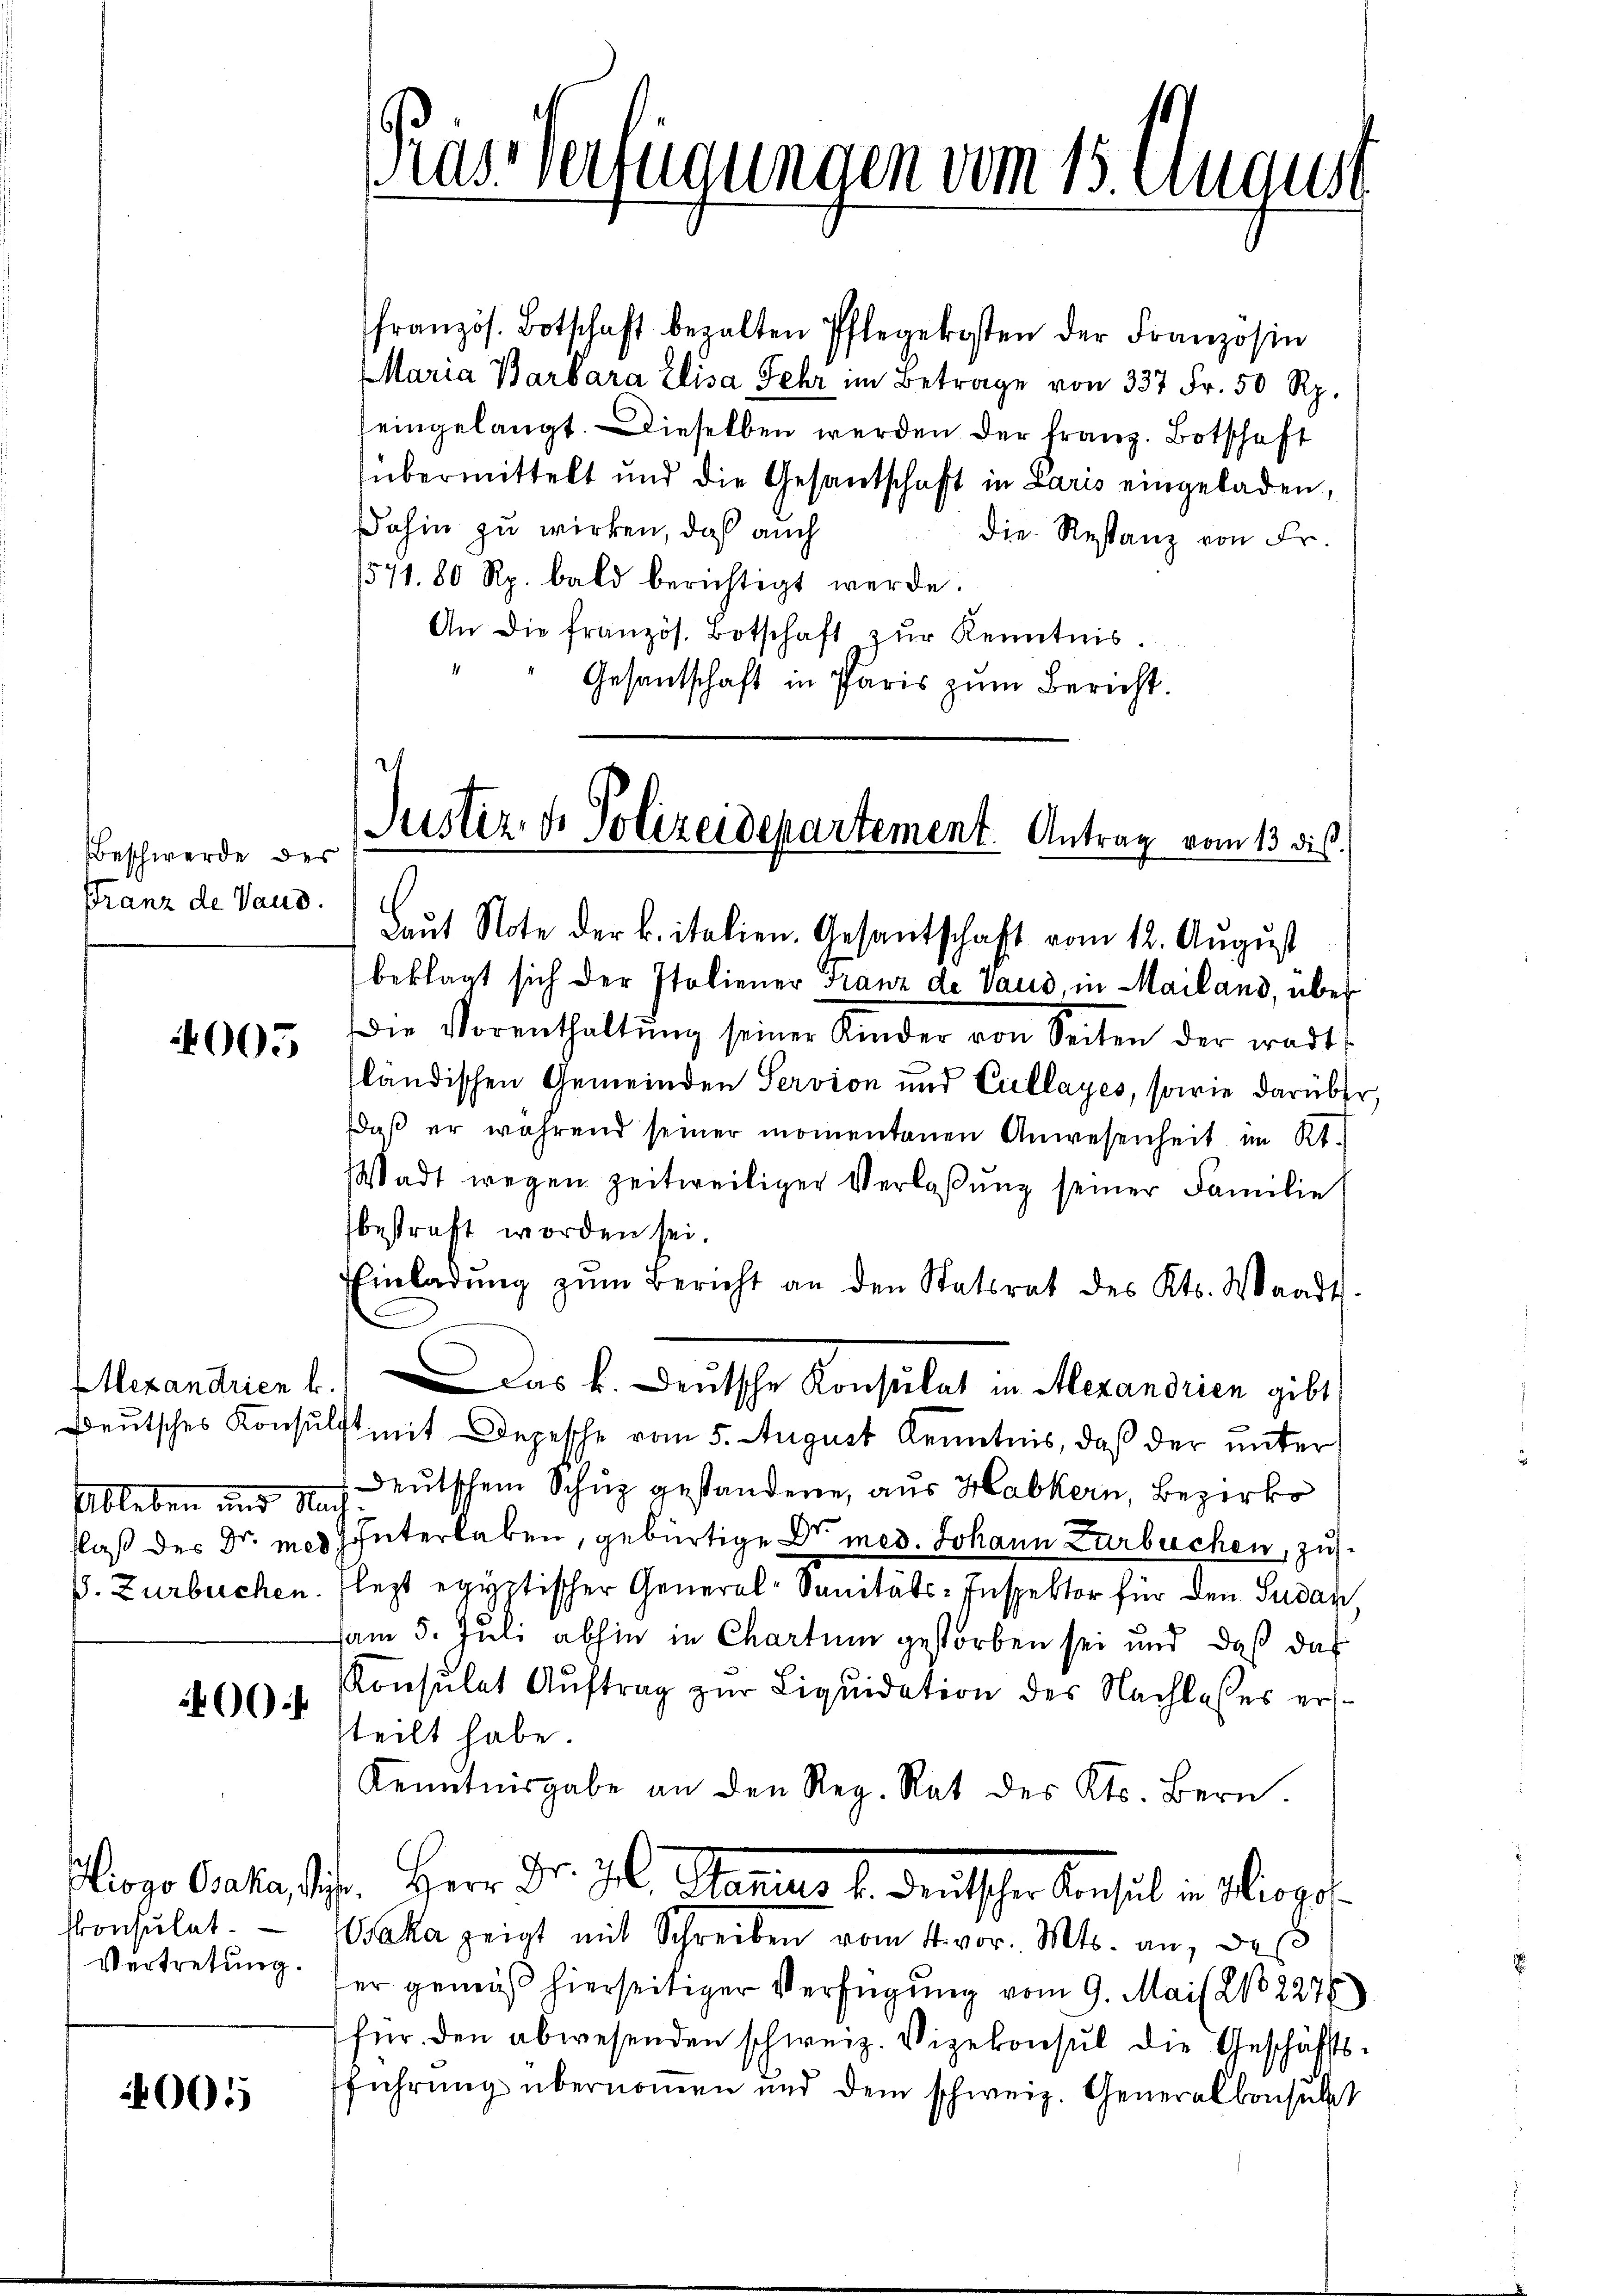
Beschwerde der
Franz de Vaud.

001

005

Deutsches Konsu
Ableben und St.
flaß des Dr. mei
ß. Zurbuchen.

Piogo Osaka, S.
konsulat
Vertretung.

französ. Botschaft bezalten Pflegekosten der Franzosin
Maria Barbara Elisa Fehr im Betrage von 337 Fr. 50 Rp.
seingelangt. Dieselben werden der Franz. Botschaft
übermittelt und die Gesandschaft in Paris eingeladen,
Dahin zu wirken, daß auch
die Restanz von Fr.
571. 80 Rp. bald berichtigt werde.
An die französ. Botschaft zŭr Kenntnis.
Gesandtschaft in Paris zum Bericht.
Laŭt Note der k. italien. Gesantschaft vom 12. August
beklagt sich der Italiener Franz de Vaud, in Mailand, über
Die Vorenthaltung seiner Kinder von Seiten der wart,
sländischen Gemeinden Servion und Cullayes, sowie darüber,
daβ er während seiner momentanen Anwesenheit im Kt.
Wadt wegen zeitweiliger Verlaßung seiner Familie
bestraft worden sei.
Einladŭng zŭm Bericht an den Statsrat des Kts. Waadt.
Mexandrien 1. Das k. Deutsche Konsulat in Mexandrien gibt,
ilft mit Depesche vom 5. August Kenntnis, daß der unter
Deutschem Schuz gestandene, aus Habkern, Bezirks
f
unterlaken, gebürtige Dr. med. Johann Zurbuchen, zu
lezt egyptischer General-Sanitäts-Inspektor für den Sudar
am 5. Juli abhin in Chartum gestorben sei und daß das
Konsulat Aŭftrag zur Liquidation des Nachlasses erstteilt habe.
Kenntnisgabe an den Reg. Rat des Kts. Bern.
1. Herr Dr. Jb. Statuar d. deutscher den hat in Bergese
Baka zeigt mit Schreiben vom 4. vor. Mts. an, des
er gemäß hierseitiger Verfügung vom 9. Mai l. No 2276
für den abwesenden schweiz. Vizekonsul die Geschäftsfführung übernommen und dem schweiz. Generalkonsult

as Verredungen vom 15. August

Justiz- & Polizeidepartement. Antrag vom 13 dis